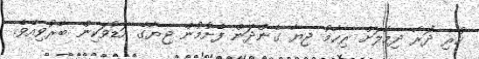
ހުރި ދޮރާ ދިމާލަށް ރިހާމު ޖިޔާ ގެންދަން ފެށުމުން ޖިޔާގެ އަޑުވަކިން ބާރުވިއެވެ.